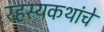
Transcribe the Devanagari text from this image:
रहस्यकथांचे